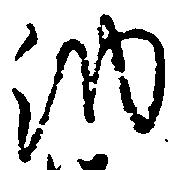
納